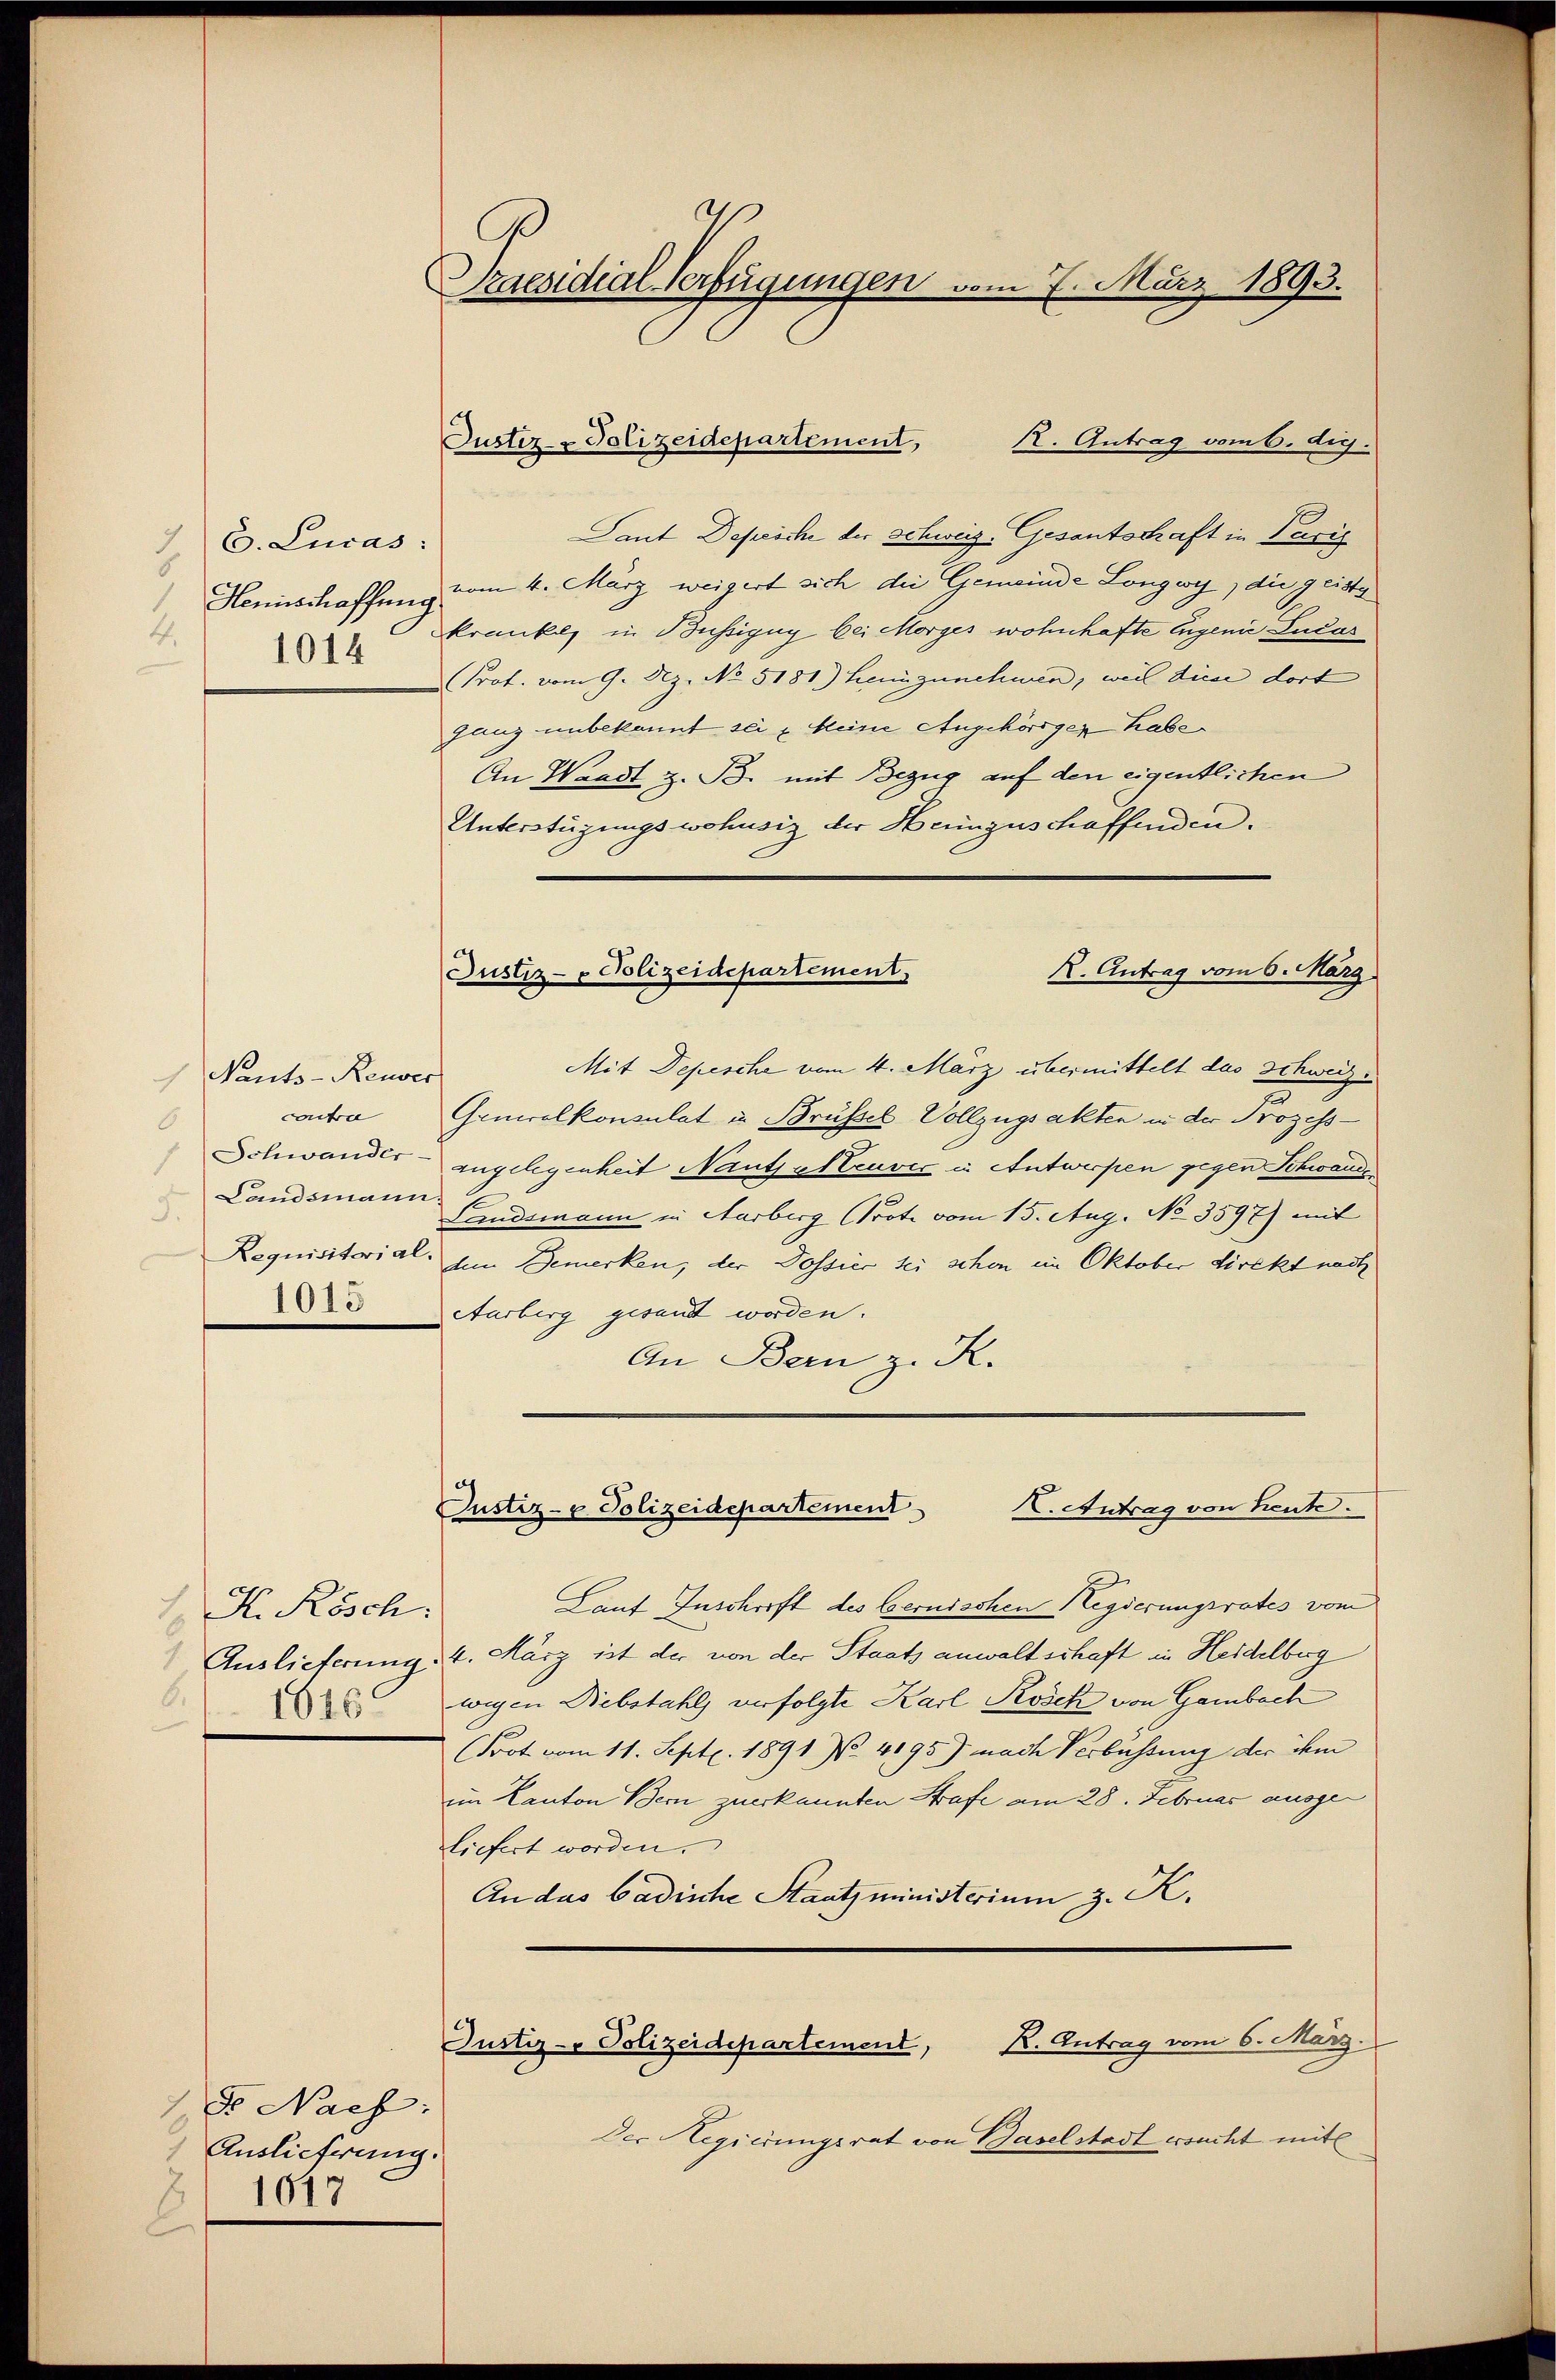
C. Lucas:
Hennschaffung
4.
1014

Nants-Reuver
contre
8
Landsmann
J.
Requisitorial
1015

K. Resch
Auslieferung
6.
1616

F. Nach:
Auslieferung.
1617

Praesidial-Verfügungen vom 7. März 1893.

Justiz- & Polizeidepartement,

R. Antrag vom 6. dig.
Taut Depesche der Schweiz. Gesantschaft in Paris
vom 4. März weigert sich die Gemeinde Longwy, die geistg
kranken in Büssigung bei Morges wohnhafte Eugenie Lucas
Prot. vom 9. Dez. No. 5181) Heinzunehmen, weil diese dort
ganz unbekannt sei u Meine Angehöriger habe
An Waadt z. B. mit Bezug auf den eigentlichen
Unterstüzungswohnsiz der Heinzuschaffenden.
Mit Depesche vom 4. März übermittelt das Schweiz.
Generalkonsulat in Brüssel Vollzugsakten in der Prozess¬
Schwander- angelegenheit Nants peuver in Antwerpen gegen Schwande

Landsmann in Aarberg Prote vom 15. Aug. No 3597) mit
him Bemerken, der Dossier sei schon im Oktober direkt nach
Aarberg gesandt worden.
An Bern z. K.
X. Antrag von heute.
Justiz- u. Polizeidepartement
Lauf Inschrift des bernischen Regierungsrates vom
24. März ist der von der Staatsanwaltschaft in Heidelburg
wegen Diebstahls verfolgte Karl Rosek von Gambach
(Frot vom 11. Sept. 1891 No. 4195) nach Verbüssung der ihm
im Kanton Bern zuerkannten Strafe am 28. Februar ausge
liefert worden.
An das Badische Staatsministerium z. K.
R. Antrag vom 6. März.
Justiz- Polizeidepartement,
Der Regierungsrat von Baselstadt ersucht mit

Justiz- & Polizeidepartement,
R. Antrag vom 6. März.